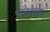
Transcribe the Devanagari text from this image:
भरंवशावर